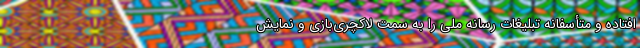
افتاده و متأسفانه تبلیغاتِ رسانه ملّی را به سمت لاکچری‌بازی و نمایشِ